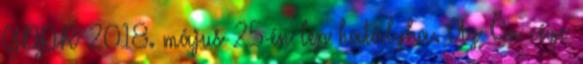
GDPR 2018. május 25-én lép hatályba. Az Ön cége